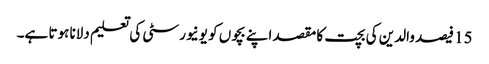
15 فیصد والدین کی بچت کا مقصد اپنے بچوں کو یونیورسٹی کی تعلیم دلانا ہوتا ہے۔